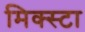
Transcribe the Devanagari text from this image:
मिक्स्टा